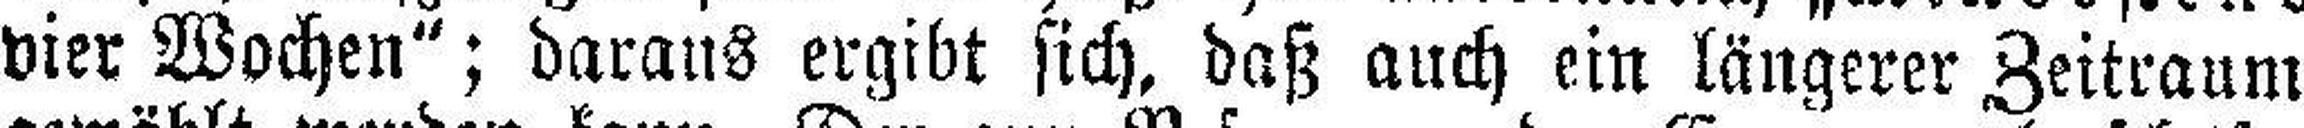
vier Wochen“; daraus ergibt sich, daß auch ein längerer Zeitraum